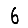
Digit: 6